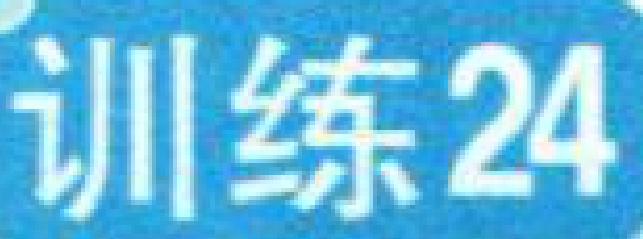
训练24